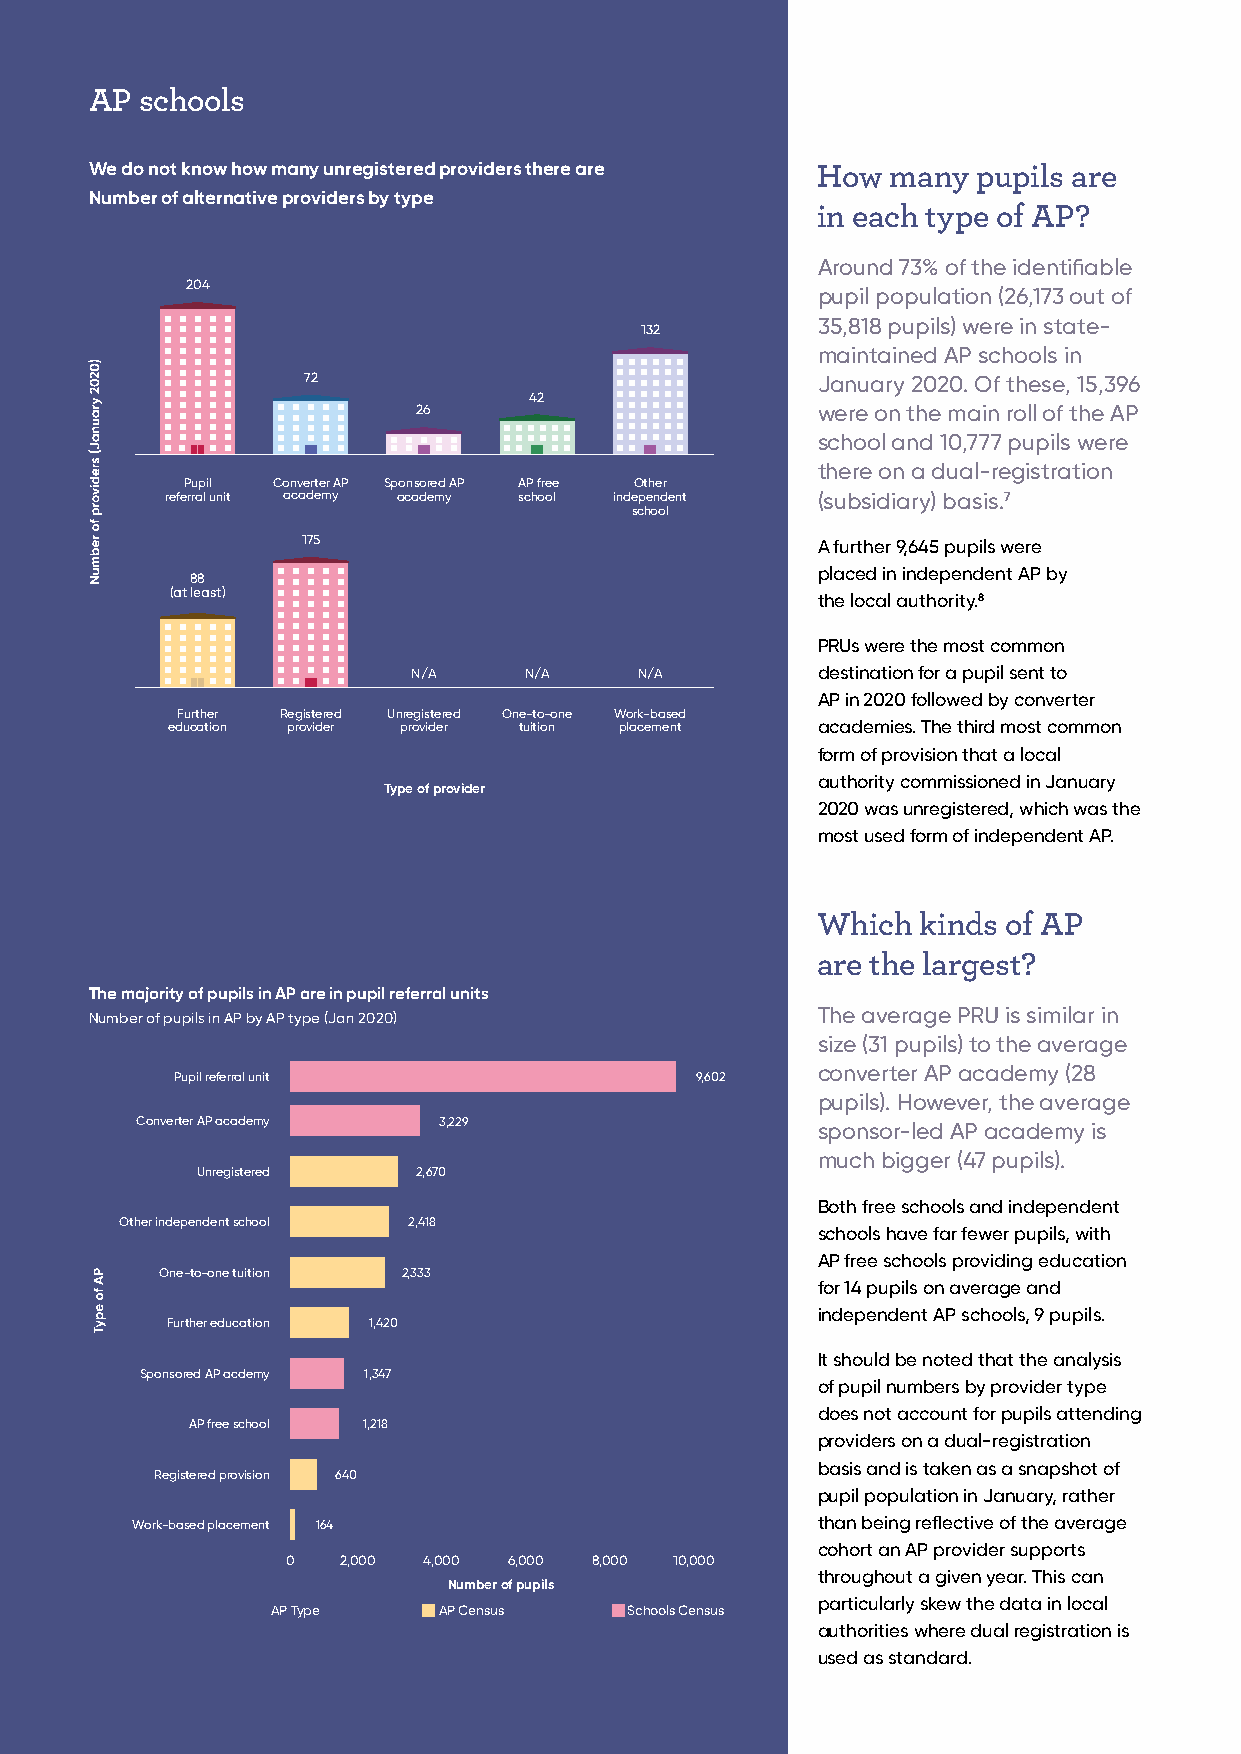
AP schools
 We do not know how many unregistered providers there are How many pupils are
 Number of alternative providers by type
 in each type of AP?
 Around 73% of the identifiable
 204
 pupil population (26,173 out of
 35,818 pupils) were in state-
 132
 maintained AP schools in
 72                                January 2020. Of these, 15,396
 42
 26                        were on the main roll of the AP
 school and 10,777 pupils were
 there on a dual-registration
 Pupil Converter AP Sponsored AP AP free Other
 referral unit academy academy school independent (subsidiary) basis.7
 school
 175                               A further 9,645 pupils were
 placed in independent AP by
 88
 (at least)
 the local authority.8
 PRUs were the most common
 N/A     N/A    N/A         destination for a pupil sent to
 AP in 2020 followed by converter
 Further Registered Unregistered One-to-one Work-based
 education provider provider tuition placement academies. The third most common
 form of provision that a local
 authority commissioned in January
 Type of provider
 2020 was unregistered, which was the
 most used form of independent AP.
 Which  kinds of AP
 are the largest?
 The majority of pupils in AP are in pupil referral units
 The average PRU is similar in
 Number of pupils in AP by AP type (Jan 2020)
 size (31 pupils) to the average
 converter AP academy (28
 Pupil referral unit               9,602
 pupils). However, the average
 Converter AP academy 3,229                   sponsor-led AP academy is
 much bigger (47 pupils).
 Unregistered   2,670
 Both free schools and independent
 Other independent school 2,418
 schools have far fewer pupils, with
 AP free schools providing education
 One-to-one tuition 2,333
 for 14 pupils on average and
 independent AP schools, 9 pupils.
 Further education 1,420
 It should be noted that the analysis
 Sponsored AP acdemy 1,347
 of pupil numbers by provider type
 does not account for pupils attending
 AP free school 1,218
 providers on a dual-registration
 basis and is taken as a snapshot of
 Registered provision 640
 pupil population in January, rather
 Work-based placement 164                     than being reflective of the average
 cohort an AP provider supports
 0  2,000 4,000 6,000 8,000 10,000
 throughout a given year. This can
 Number of pupils
 particularly skew the data in local
 AP Type    AP Census   Schools Census
 authorities where dual registration is
 used as standard.
 37 IntegratED